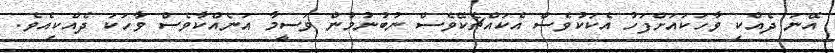
އޭނަ ދެއްކި ވާހަކައަށްފަހު އެކަކުވެސް އެކައްޗެކޭވެސް ނުބުނުމުން ވަސީމާ އަނެއްކާވެސް ވާހަކަ ދެއްކިއެވެ.